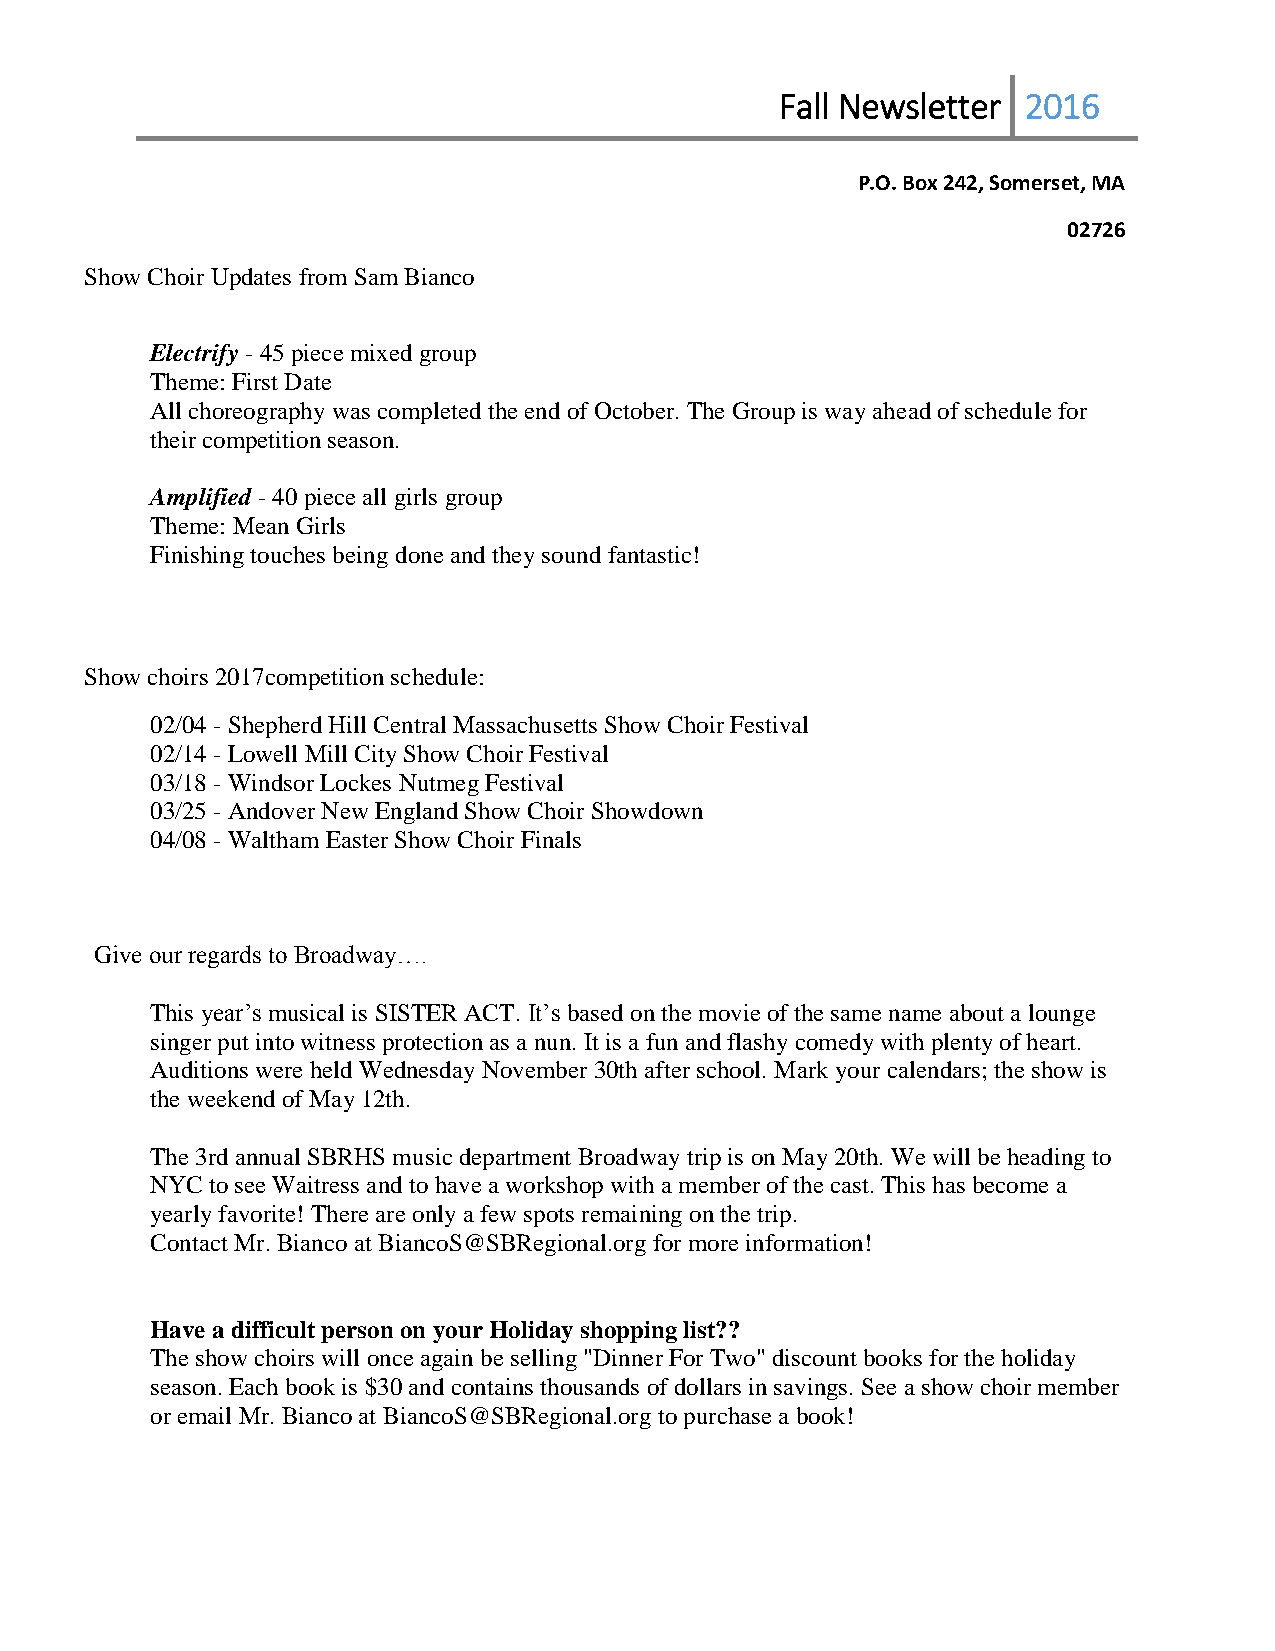
Fall Newsletter 2016
 P.O. Box 242, Somerset, MA
 02726
 Show Choir Updates from Sam Bianco
 Electrify - 45 piece mixed group
 Theme: First Date
 All choreography was completed the end of October. The Group is way ahead of schedule for
 their competition season.
 Amplified - 40 piece all girls group
 Theme: Mean Girls
 Finishing touches being done and they sound fantastic!
 Show choirs 2017competition schedule:
 02/04 - Shepherd Hill Central Massachusetts Show Choir Festival
 02/14 - Lowell Mill City Show Choir Festival
 03/18 - Windsor Lockes Nutmeg Festival
 03/25 - Andover New England Show Choir Showdown
 04/08 - Waltham Easter Show Choir Finals
 Give our regards to Broadway….
 This year’s musical is SISTER ACT. It’s based on the movie of the same name about a lounge
 singer put into witness protection as a nun. It is a fun and flashy comedy with plenty of heart.
 Auditions were held Wednesday November 30th after school. Mark your calendars; the show is
 the weekend of May 12th.
 The 3rd annual SBRHS music department Broadway trip is on May 20th. We will be heading to
 NYC to see Waitress and to have a workshop with a member of the cast. This has become a
 yearly favorite! There are only a few spots remaining on the trip.
 Contact Mr. Bianco at BiancoS@SBRegional.org for more information!
 Have a difficult person on your Holiday shopping list??
 The show choirs will once again be selling "Dinner For Two" discount books for the holiday
 season. Each book is $30 and contains thousands of dollars in savings. See a show choir member
 or email Mr. Bianco at BiancoS@SBRegional.org to purchase a book!